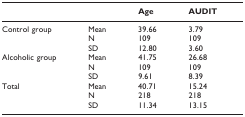
|  |  | Age | AUDIT |
 | --- | --- | --- | --- |
 | Control group | Mean | 39.66 | 3.79 |
 |  | N | 109 | 109 |
 |  | SD | 12.80 | 3.60 |
 | Alcoholic group | Mean | 41.75 | 26.68 |
 |  | N | 109 | 109 |
 |  | SD | 9.61 | 8.39 |
 | Total | Mean | 40.71 | 15.24 |
 |  | N | 218 | 218 |
 |  | SD | 11.34 | 13.15 |